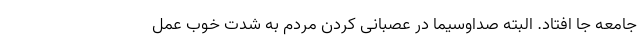
جامعه جا افتاد. البته صداوسیما در عصبانی کردن مردم به شدت خوب عمل